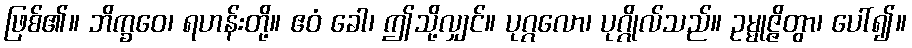
ဖြစ်၏။ ဘိက္ခဝေ၊ ရဟန်းတို့။ ဧဝံ ခေါ၊ ဤသို့လျှင်။ ပုဂ္ဂလော၊ ပုဂ္ဂိုလ်သည်။ ဥမ္မုဇ္ဇိတွာ၊ ပေါ်၍။